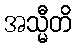
အသ္မီတိ